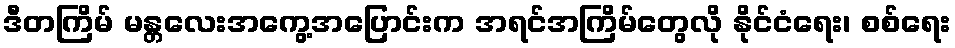
ဒီတကြိမ် မန္တလေးအကွေ့အပြောင်းက အရင်အကြိမ်တွေလို နိုင်ငံရေး၊ စစ်ရေး